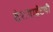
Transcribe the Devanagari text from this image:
टेराबाईटची